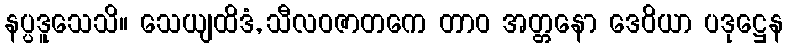
နပ္ပဒူသေသိ။ သေယျထိဒံ, သီလဝဇာတကေ တာဝ အတ္တနော ဒေဝိယာ ပဒုဋ္ဌေန